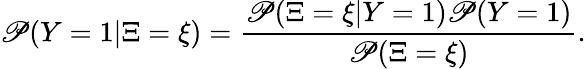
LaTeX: \mathscr{P}(Y=1|\Xi=\xi)=\frac{{\mathscr{P}(\Xi=\xi|Y=1)\mathscr{P}(Y=1)}}{{\mathscr{P}(\Xi=\xi)}}.